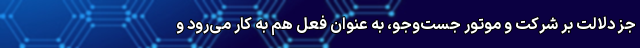
جز دلالت بر شرکت و موتور جست‌وجو، به عنوان فعل هم به کار می‌رود و